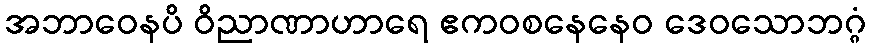
အဘာဝေနပိ ဝိညာဏာဟာရေ ဧကဝစနေနေဝ ဒေဝသောဘဂ္ဂံ